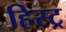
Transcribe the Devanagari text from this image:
हिस्ट्र